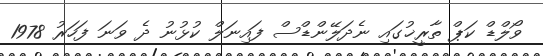
ވޯލްޑް ކަޕް ތާރީޚުގައި ނެދަލޭންޑްސް ފައިނަލް ކުޅުނު ދެ ވަނަ ފަހަރު 1978